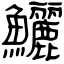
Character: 鱺